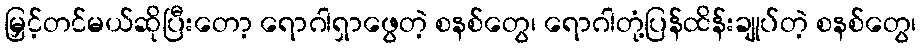
မြှင့်တင်မယ်ဆိုပြီးတော့ ရောဂါရှာဖွေတဲ့ စနစ်တွေ၊ ရောဂါတုံ့ပြန်ထိန်းချုပ်တဲ့ စနစ်တွေ၊